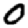
Digit: 0